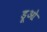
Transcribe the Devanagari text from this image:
डूओ